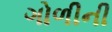
ગોળીની